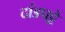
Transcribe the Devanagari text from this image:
दांडपट्टे